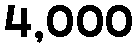
4,000